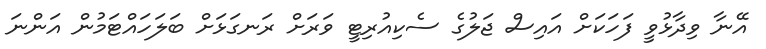
އޭނާ ވިދާޅުވީ ފަހަކަށް އައިސް ޖަލުގެ ސެކިއުރިޓީ ވަރަށް ރަނގަޅަށް ބަލަހައްޓަމުން އަންނަ